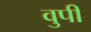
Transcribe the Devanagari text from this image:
वुपी